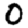
Digit: 0